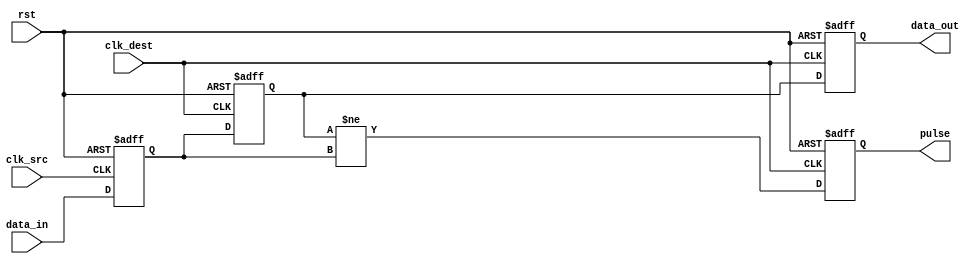
module pulsed_synchronizer (
    input wire clk_src,          // Source clock
    input wire clk_dest,         // Destination clock
    input wire rst,              // Reset signal
    input wire data_in,          // Input signal to be synchronized
    output reg data_out,         // Synchronized output signal
    output reg pulse             // Pulse signal indicating successful sampling
);
    reg sync_ff1;                // First flip-flop
    reg sync_ff2;                // Second flip-flop

    // First stage of synchronization
    always @(posedge clk_src or posedge rst) begin
        if (rst) begin
            sync_ff1 <= 1'b0;
        end else begin
            sync_ff1 <= data_in;   // Sample data input on rising edge of clk_src
        end
    end

    // Second stage of synchronization
    always @(posedge clk_dest or posedge rst) begin
        if (rst) begin
            sync_ff2 <= 1'b0;
            data_out <= 1'b0;
            pulse <= 1'b0;
        end else begin
            sync_ff2 <= sync_ff1;  // Capture the output of the first flip-flop
            data_out <= sync_ff2;   // Update the output
            pulse <= (sync_ff2 != sync_ff1); // Create a pulse when data changes
        end
    end

endmodule